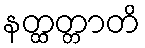
နတ္ထတ္တာတိ